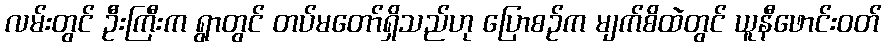
လမ်းတွင် ဦးကြီးက ရွာတွင် တပ်မတော်ရှိသည်ဟု ပြောစဉ်က မျက်စိထဲတွင် ယူနီဖောင်းဝတ်